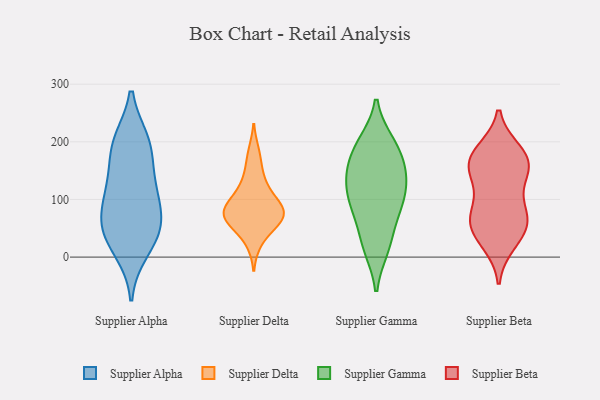
{"axis": {"x": "Inventory Turnover", "y": "Value"}, "legend": ["Supplier Alpha", "Supplier Beta", "Supplier Delta", "Supplier Gamma"], "data": [{"x": "", "y": 120, "type": "Supplier Alpha"}, {"x": "", "y": 13, "type": "Supplier Alpha"}, {"x": "", "y": 199, "type": "Supplier Alpha"}, {"x": "", "y": 50, "type": "Supplier Alpha"}, {"x": "", "y": 42, "type": "Supplier Alpha"}, {"x": "", "y": 72, "type": "Supplier Alpha"}, {"x": "", "y": 100, "type": "Supplier Alpha"}, {"x": "", "y": 46, "type": "Supplier Alpha"}, {"x": "", "y": 192, "type": "Supplier Alpha"}, {"x": "", "y": 129, "type": "Supplier Alpha"}, {"x": "", "y": 194, "type": "Supplier Alpha"}, {"x": "", "y": 150, "type": "Supplier Delta"}, {"x": "", "y": 57, "type": "Supplier Delta"}, {"x": "", "y": 182, "type": "Supplier Delta"}, {"x": "", "y": 63, "type": "Supplier Delta"}, {"x": "", "y": 25, "type": "Supplier Delta"}, {"x": "", "y": 123, "type": "Supplier Delta"}, {"x": "", "y": 111, "type": "Supplier Delta"}, {"x": "", "y": 75, "type": "Supplier Delta"}, {"x": "", "y": 90, "type": "Supplier Delta"}, {"x": "", "y": 80, "type": "Supplier Delta"}, {"x": "", "y": 76, "type": "Supplier Delta"}, {"x": "", "y": 87, "type": "Supplier Delta"}, {"x": "", "y": 59, "type": "Supplier Delta"}, {"x": "", "y": 199, "type": "Supplier Gamma"}, {"x": "", "y": 76, "type": "Supplier Gamma"}, {"x": "", "y": 198, "type": "Supplier Gamma"}, {"x": "", "y": 15, "type": "Supplier Gamma"}, {"x": "", "y": 84, "type": "Supplier Gamma"}, {"x": "", "y": 133, "type": "Supplier Gamma"}, {"x": "", "y": 194, "type": "Supplier Gamma"}, {"x": "", "y": 141, "type": "Supplier Gamma"}, {"x": "", "y": 102, "type": "Supplier Gamma"}, {"x": "", "y": 94, "type": "Supplier Gamma"}, {"x": "", "y": 143, "type": "Supplier Gamma"}, {"x": "", "y": 113, "type": "Supplier Gamma"}, {"x": "", "y": 165, "type": "Supplier Gamma"}, {"x": "", "y": 159, "type": "Supplier Gamma"}, {"x": "", "y": 38, "type": "Supplier Gamma"}, {"x": "", "y": 15, "type": "Supplier Gamma"}, {"x": "", "y": 66, "type": "Supplier Beta"}, {"x": "", "y": 56, "type": "Supplier Beta"}, {"x": "", "y": 153, "type": "Supplier Beta"}, {"x": "", "y": 183, "type": "Supplier Beta"}, {"x": "", "y": 178, "type": "Supplier Beta"}, {"x": "", "y": 172, "type": "Supplier Beta"}, {"x": "", "y": 155, "type": "Supplier Beta"}, {"x": "", "y": 131, "type": "Supplier Beta"}, {"x": "", "y": 72, "type": "Supplier Beta"}, {"x": "", "y": 25, "type": "Supplier Beta"}, {"x": "", "y": 61, "type": "Supplier Beta"}, {"x": "", "y": 36, "type": "Supplier Beta"}, {"x": "", "y": 90, "type": "Supplier Beta"}, {"x": "", "y": 159, "type": "Supplier Beta"}]}